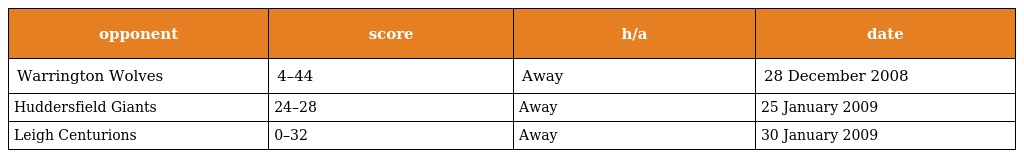
| opponent | score | h/a | date |
 | --- | --- | --- | --- |
 | Warrington Wolves | 4–44 | Away | 28 December 2008 |
 | Huddersfield Giants | 24–28 | Away | 25 January 2009 |
 | Leigh Centurions | 0–32 | Away | 30 January 2009 |